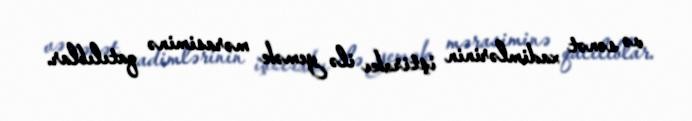
və sənət xadimlərinin iştirakı ilə yemək mərasiminə qatılıblar.